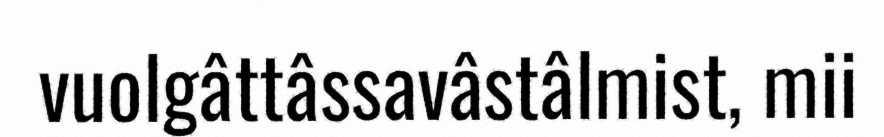
vuolgâttâssavâstâlmist, mii